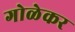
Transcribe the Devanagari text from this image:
गोळेकर